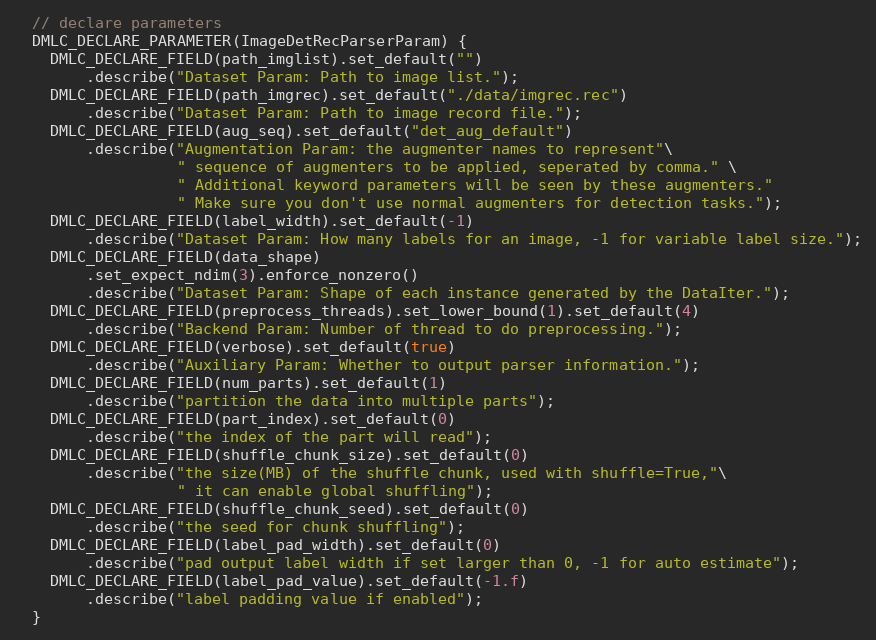
Language: C++
  // declare parameters
  DMLC_DECLARE_PARAMETER(ImageDetRecParserParam) {
    DMLC_DECLARE_FIELD(path_imglist).set_default("")
        .describe("Dataset Param: Path to image list.");
    DMLC_DECLARE_FIELD(path_imgrec).set_default("./data/imgrec.rec")
        .describe("Dataset Param: Path to image record file.");
    DMLC_DECLARE_FIELD(aug_seq).set_default("det_aug_default")
        .describe("Augmentation Param: the augmenter names to represent"\
                  " sequence of augmenters to be applied, seperated by comma." \
                  " Additional keyword parameters will be seen by these augmenters."
                  " Make sure you don't use normal augmenters for detection tasks.");
    DMLC_DECLARE_FIELD(label_width).set_default(-1)
        .describe("Dataset Param: How many labels for an image, -1 for variable label size.");
    DMLC_DECLARE_FIELD(data_shape)
        .set_expect_ndim(3).enforce_nonzero()
        .describe("Dataset Param: Shape of each instance generated by the DataIter.");
    DMLC_DECLARE_FIELD(preprocess_threads).set_lower_bound(1).set_default(4)
        .describe("Backend Param: Number of thread to do preprocessing.");
    DMLC_DECLARE_FIELD(verbose).set_default(true)
        .describe("Auxiliary Param: Whether to output parser information.");
    DMLC_DECLARE_FIELD(num_parts).set_default(1)
        .describe("partition the data into multiple parts");
    DMLC_DECLARE_FIELD(part_index).set_default(0)
        .describe("the index of the part will read");
    DMLC_DECLARE_FIELD(shuffle_chunk_size).set_default(0)
        .describe("the size(MB) of the shuffle chunk, used with shuffle=True,"\
                  " it can enable global shuffling");
    DMLC_DECLARE_FIELD(shuffle_chunk_seed).set_default(0)
        .describe("the seed for chunk shuffling");
    DMLC_DECLARE_FIELD(label_pad_width).set_default(0)
        .describe("pad output label width if set larger than 0, -1 for auto estimate");
    DMLC_DECLARE_FIELD(label_pad_value).set_default(-1.f)
        .describe("label padding value if enabled");
  }